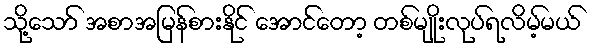
သို့သော် အစာအမြန်စားနိုင် အောင်တော့ တစ်မျိုးလုပ်ရလိမ့်မယ်